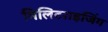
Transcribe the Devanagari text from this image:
मिलिटराइजिंग